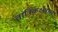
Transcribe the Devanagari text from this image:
तांत्रिकक्षेत्रास